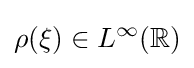
\rho (\xi )\in L^{\infty }(\mathbb {R} )